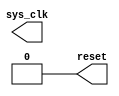
module clock_reset_gen(
    output sys_clk,
    output reset
    );
    
    reg sys_clk;
    reg reset;
    
    initial begin
        sys_clk = 0;
        reset = 0;
        #5 reset = 1;
        #10 reset = 0;
    end
    
    always begin
        #5 sys_clk = ! sys_clk;
    end

endmodule